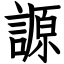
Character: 謜